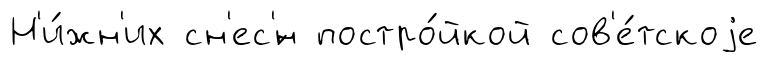
Н'и́жн'их сн'ес'́н постро́йкой сов'е́тскоjе